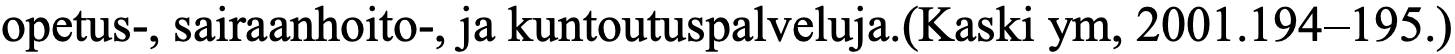
opetus-, sairaanhoito-, ja kuntoutuspalveluja.(Kaski ym, 2001.194–195.)